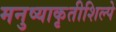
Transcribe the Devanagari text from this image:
मनुष्याकृतीशिल्पे